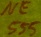
Text: NE555